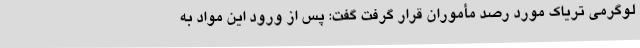
لوگرمی تریاک مورد رصد مأموران قرار گرفت گفت: پس از ورود این مواد به